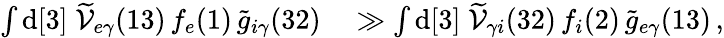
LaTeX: \begin{array}{rl}{\int\mathrm{d}[3]\; \widetilde{\mathcal{V}}_{e\gamma}(13)\, f_{e}(1)\, \widetilde{g}_{i\gamma}(32)}&{{}\gg\int\mathrm{d}[3]\; \widetilde{\mathcal{V}}_{\gamma i}(32)\, f_{i}(2)\, \widetilde{g}_{e\gamma}(13)\, ,}\end{array}